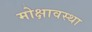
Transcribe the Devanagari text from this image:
मोक्षावस्था